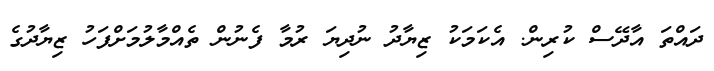
ދައްތަ އާދޭސް ކުރިން. އެކަމަކު ޒިޔާދު ނުދިޔަ ރުމާ ފެނުން ތެއްމާލުމަށްފަހު ޒިޔާދުގެ